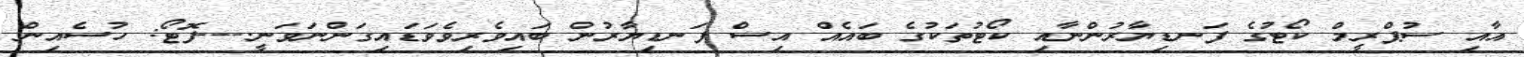
އާއި ސުޕްރީމް ކޯޓުގެ ފަނޑިޔާރުންނާއި ކޯޓުތަކުގެ ބައެއް އިސް ފަނޑިޔާރުން ބައިވެރިވެވަޑައިގަންނަވަނީ.---ފޮޓޯ: ހުސެއިން